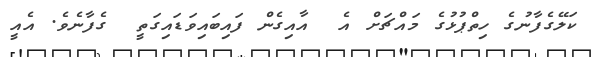
ކަލޭގެފާނުގެ ހިތްޕުޅުގެ މައްޗަށް އެ  އާއިގެން ފައިބައިވަޑައިގަތީ  ގެފާނެވެ. އެއީ